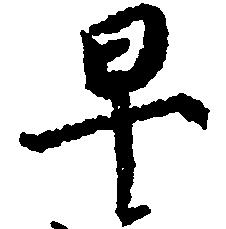
早